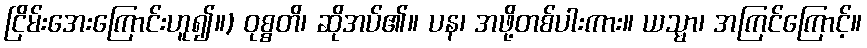
ငြိမ်းအေးကြောင်းဟူ၍။) ဝုစ္စတိ၊ ဆိုအပ်၏။ ပန၊ အဖို့တစ်ပါးကား။ ယသ္မာ၊ အကြင်ကြောင့်။